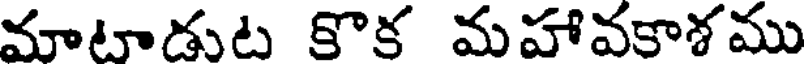
మాటాడుట కొక మహావకాశము